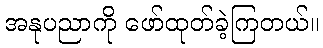
အနုပညာကို ဖော်ထုတ်ခဲ့ကြတယ်။